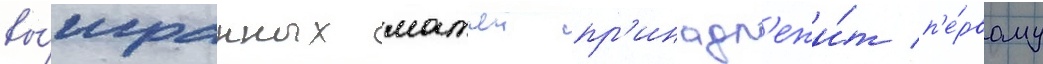
вы́игранных матчеи пр'инадл'ежи́т п'е́рвому